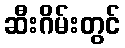
ဆီးဂိမ်းတွင်